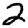
Digit: 2